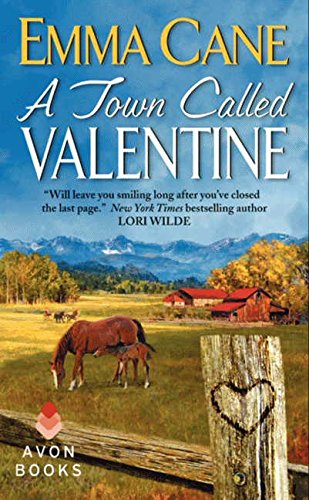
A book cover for A Town Called Valentine: A Valentine Valley Novel; Emma Cane; Literature & Fiction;